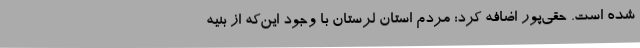
شده است. حقی‌پور اضافه کرد: مردم استان لرستان با وجود این‌که از بنیه